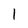
Character: 1